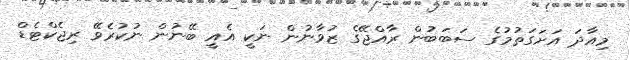
މިއާދަ އަށަގަތުމުގެ ސަބަބުން ރާއްޖޭގެ ޒުވާނުން ނަކީ އެއީ ބޭނުން ނުކުރެވޭ ރިޖެކްޓެޑް